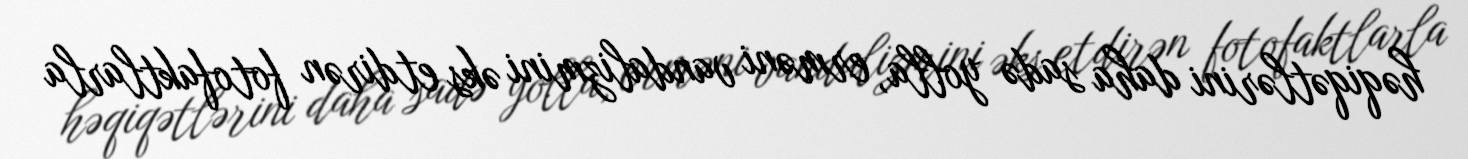
həqiqətlərini daha sadə yolla, erməni vandalizmini əks etdirən fotofaktlarla